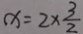
x = 2 \times \frac { 3 } { 2 }